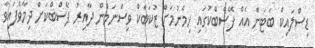
ޑިސްލައިކް ބަޓަން އެއް ފޭސްބްކުގައި ހިމެނުމަށް ޒުކަބާކް ވިސްނަމުން ދާއިރު ފޭސްބްކަށް ދިމާވެފައިވާ